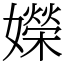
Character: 嬫